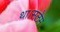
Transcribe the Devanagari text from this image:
था।सलेम